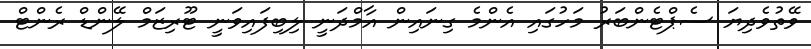
ވޭތުވެދިޔަ ސެޕްޓެންބަރު މަހުގައި އެންމެ ގިނައިން އާމްދަނީ ލިބިފައިވަނީ ޓޫރިޒަމް ލޭންޑް ރެންޓް